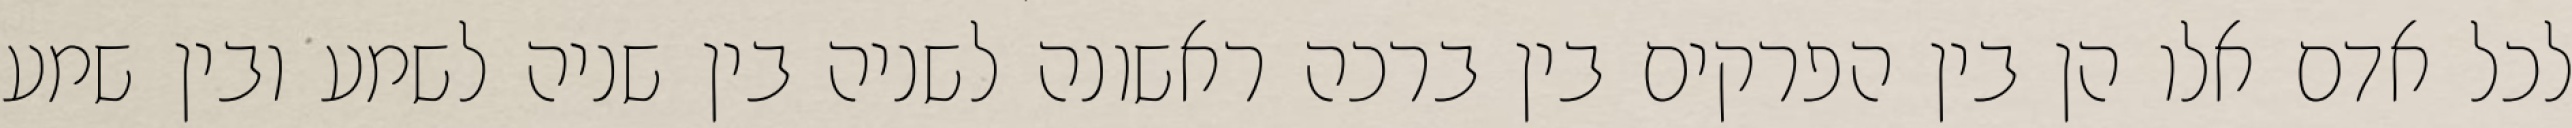
לכל אדם אלו הן בין הפרקים בין ברכה ראשונה לשניה בין שניה לשמע ובין שמע